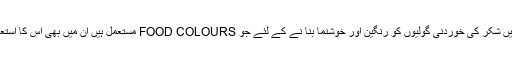
کنفیکشنری میں شکر کی خوردنی گولیوں کو رنگین اور خوشنما بنا نے کے لئے جو FOOD COLOURS مستعمل ہیں ان میں بھی اس کا استعمال ہو تا ہے۔